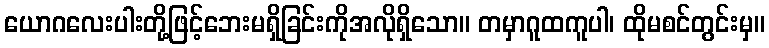
ယောဂလေးပါးတို့ဖြင့်ဘေးမရှိခြင်းကိုအလိုရှိသော။ တမှာဂူထကူပါ၊ ထိုမစင်တွင်းမှ။